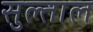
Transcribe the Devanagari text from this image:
सुल्ताल